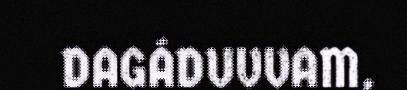
DAGÁDUVVAM,